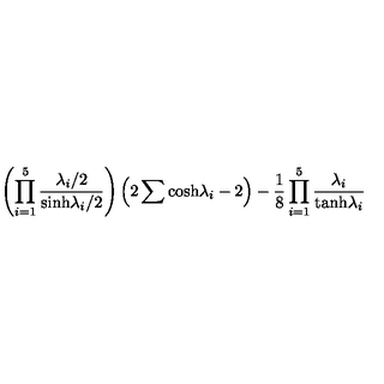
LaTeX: \left( \prod _ { i = 1 } ^ { 5 } { \frac { \lambda _ { i } / 2 } { \mathrm { s i n h } \lambda _ { i } / 2 } } \right) \left( 2 \sum \mathrm { c o s h } \lambda _ { i } - 2 \right) - { \frac { 1 } { 8 } } \prod _ { i = 1 } ^ { 5 } { \frac { \lambda _ { i } } { \mathrm { t a n h } \lambda _ { i } } }